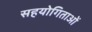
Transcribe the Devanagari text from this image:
सहयोगिताओं